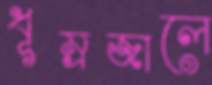
ধূম্রজালে